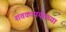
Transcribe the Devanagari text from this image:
शतकापर्यतच्या